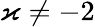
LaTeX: \varkappa\neq-2